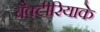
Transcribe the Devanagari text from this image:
बैक्टीरियाके